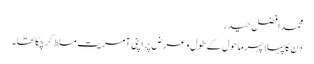
محمد افضل حیدر
دِن کا پہلا پہر ماحول کے طول و عرض پر اپنی آمریت مسلط کر چکا تھا۔